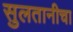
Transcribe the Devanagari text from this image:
सुलतानीचा